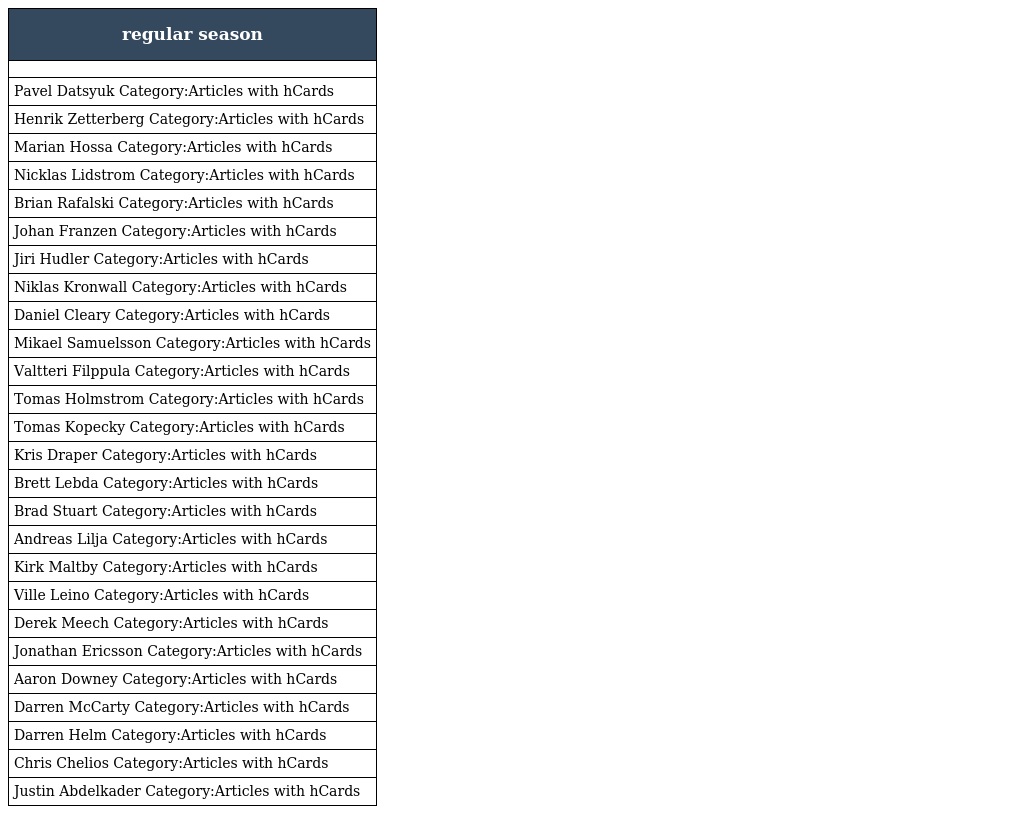
| regular season |
 | --- |
 |  |
 | Pavel Datsyuk Category:Articles with hCards |
 | Henrik Zetterberg Category:Articles with hCards |
 | Marian Hossa Category:Articles with hCards |
 | Nicklas Lidstrom Category:Articles with hCards |
 | Brian Rafalski Category:Articles with hCards |
 | Johan Franzen Category:Articles with hCards |
 | Jiri Hudler Category:Articles with hCards |
 | Niklas Kronwall Category:Articles with hCards |
 | Daniel Cleary Category:Articles with hCards |
 | Mikael Samuelsson Category:Articles with hCards |
 | Valtteri Filppula Category:Articles with hCards |
 | Tomas Holmstrom Category:Articles with hCards |
 | Tomas Kopecky Category:Articles with hCards |
 | Kris Draper Category:Articles with hCards |
 | Brett Lebda Category:Articles with hCards |
 | Brad Stuart Category:Articles with hCards |
 | Andreas Lilja Category:Articles with hCards |
 | Kirk Maltby Category:Articles with hCards |
 | Ville Leino Category:Articles with hCards |
 | Derek Meech Category:Articles with hCards |
 | Jonathan Ericsson Category:Articles with hCards |
 | Aaron Downey Category:Articles with hCards |
 | Darren McCarty Category:Articles with hCards |
 | Darren Helm Category:Articles with hCards |
 | Chris Chelios Category:Articles with hCards |
 | Justin Abdelkader Category:Articles with hCards |